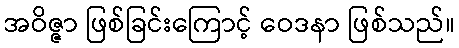
အဝိဇ္ဇာ ဖြစ်ခြင်းကြောင့် ဝေဒနာ ဖြစ်သည်။